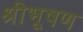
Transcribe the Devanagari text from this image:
श्रीभूषण